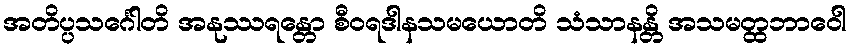
အတိပ္ပသင်္ဂေါတိ အနုဿရန္တော စီဝရဒါနသမယောတိ သံသာနန္တိ အသမတ္ထဘာဝေါ